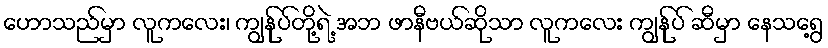
ဟောသည်မှာ လူကလေး၊ ကျွန်ုပ်တို့ရဲ့ အဘ ဖာနီဗယ်ဆိုသာ လူကလေး ကျွန်ုပ် ဆီမှာ နေသရွေ့